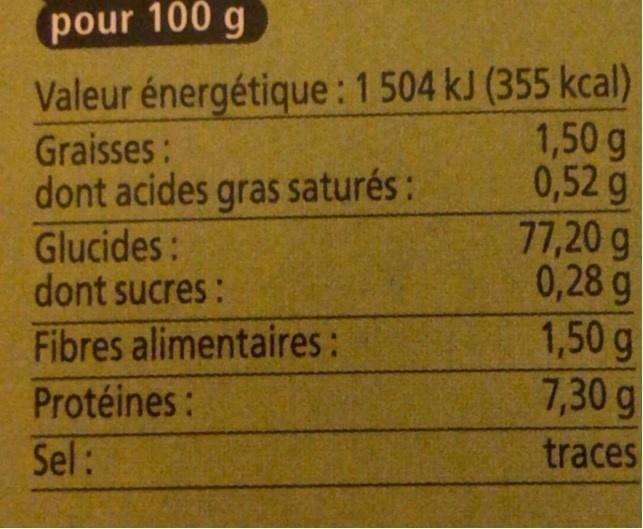
pour 100 g
Valeur énergétique: 1504 kJ (355 kcal) 1,50 g 0,52 g 77,20 g 0,28 g 1,50g 7,30g
Graisses: dont acides gras saturés :
Glucides: dont sucres: Fibres alimentaires:
Protéines:
Sel:
traces